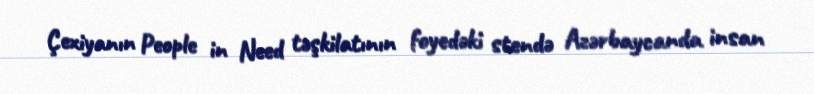
Çexiyanın People in Need təşkilatının foyedəki stendə Azərbaycanda insan